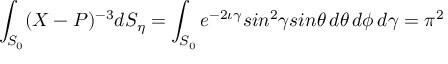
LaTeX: \int _ { S _ { 0 } } ( X - P ) ^ { - 3 } d S _ { \eta } = \int _ { S _ { 0 } } e ^ { - 2 \iota \gamma } s i n ^ { 2 } \gamma s i n \theta \, d \theta \, d \phi \, d \gamma = \pi ^ { 2 }